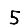
Digit: 5